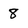
Character: 8